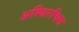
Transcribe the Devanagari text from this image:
अस्थिरचित्त